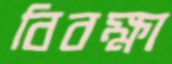
বিবক্ষা